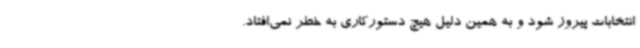
انتخابات پیروز شود و به همین دلیل هیچ دستورکاری به خطر نمی‌افتاد.